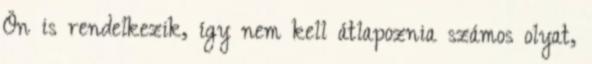
Ön is rendelkezik, így nem kell átlapoznia számos olyat,